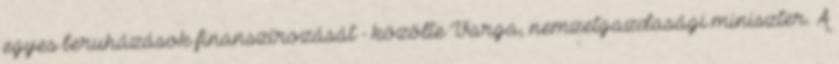
egyes beruházások finanszírozását - közölte Varga, nemzetgazdasági miniszter. A